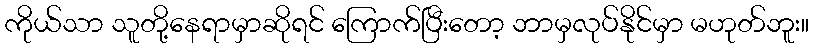
ကိုယ်သာ သူတို့နေရာမှာဆိုရင် ကြောက်ပြီးတော့ ဘာမှလုပ်နိုင်မှာ မဟုတ်ဘူး။